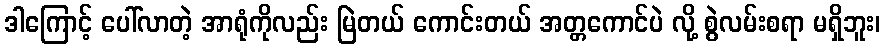
ဒါကြောင့် ပေါ်လာတဲ့ အာရုံကိုလည်း မြဲတယ် ကောင်းတယ် အတ္တကောင်ပဲ လို့ စွဲလမ်းစရာ မရှိဘူး၊